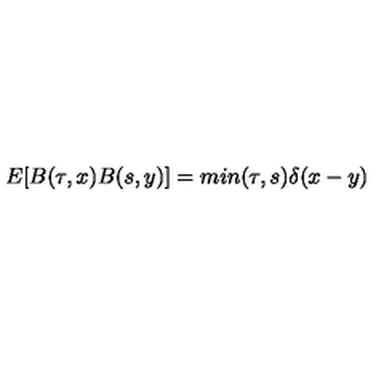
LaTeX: E [ B ( \tau , x ) B ( s , y ) ] = m i n ( \tau , s ) \delta ( x - y )